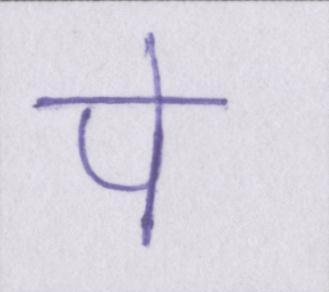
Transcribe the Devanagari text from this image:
पे